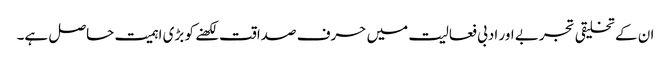
ان کے تخلیقی تجربے اور ادبی فعالیت میں حرف صداقت لکھنے کو بڑی اہمیت حاصل ہے۔